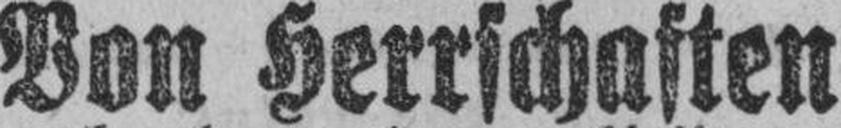
Von Herrschaften